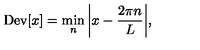
\mathrm { D e v } [ x ] = \min _ { n } \bigg | x - \frac { 2 \pi n } { L } \bigg | ,